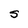
Character: S